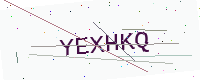
Text: YEXHKQ